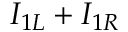
I _ { 1 L } + I _ { 1 R }